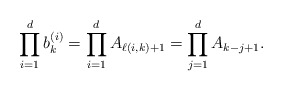
\begin{align*}\prod_{i = 1}^d b_k^{(i)} = \prod_{i = 1}^d A_{\ell(i,k) + 1} = \prod_{j = 1}^d A_{k - j + 1}.\end{align*}